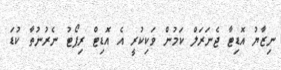
ނިޒާޔު އޮޑިޓާ ޖެނަރަލް ކަމުން ވަކިކުރީ އެ އޮޑިޓް ރިޕޯޓު ނެރުނުތާ ކުޑަ